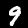
Label: 9